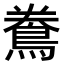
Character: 𪀲